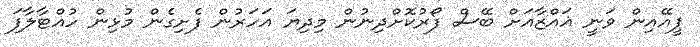
ޕީއޭއިން ވަނީ ޣައްޒާއަށް ބޭސް ފޯރުކޮށްދިނުން މިދިޔަ އަހަރުން ފެށިގެން މުޅިން ހުއްޓާލާފަ